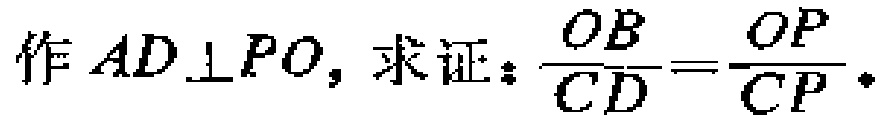
作 \(AD\perp PO\)，求证：\(\frac{OB}{CD}=\frac{OP}{CP}\)。